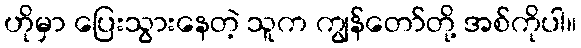
ဟိုမှာ ပြေးသွားနေတဲ့ သူက ကျွန်တော်တို့ အစ်ကိုပါ။